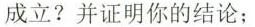
成立?并证明你的结论；